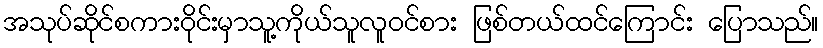
အသုပ်ဆိုင်စကားဝိုင်းမှာသူ့ကိုယ်သူလူဝင်စား ဖြစ်တယ်ထင်ကြောင်း ပြောသည်။